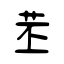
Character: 苤